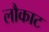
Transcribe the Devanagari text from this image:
लौकाट